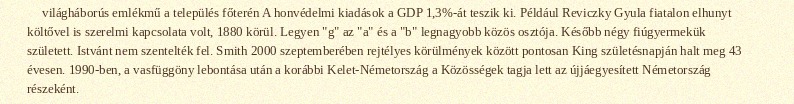
világháborús emlékmű a település főterén A honvédelmi kiadások a GDP 1,3%-át teszik ki. Például Reviczky Gyula fiatalon elhunyt költővel is szerelmi kapcsolata volt, 1880 körül. Legyen "g" az "a" és a "b" legnagyobb közös osztója. Később négy fiúgyermekük született. Istvánt nem szentelték fel. Smith 2000 szeptemberében rejtélyes körülmények között pontosan King születésnapján halt meg 43 évesen. 1990-ben, a vasfüggöny lebontása után a korábbi Kelet-Németország a Közösségek tagja lett az újjáegyesített Németország részeként.